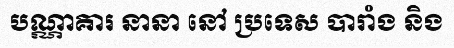
បណ្ណាគារ នានា នៅ ប្រទេស បារាំង និង